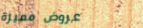
عروض مميزة